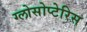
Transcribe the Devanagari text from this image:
ग्लोसोप्टेरिस